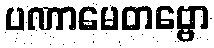
ပဏာမေတဗ္ဗော